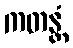
ကတန္တံ